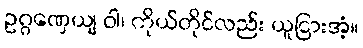
ဥဂ္ဂဏှေယျ ဝါ၊ ကိုယ်တိုင်လည်း ယူငြားအံ့။